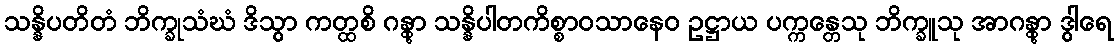
သန္နိပတိတံ ဘိက္ခုသံဃံ ဒိသွာ ကတ္ထစိ ဂန္တွာ သန္နိပါတကိစ္စာဝသာနေဝ ဥဋ္ဌာယ ပက္ကန္တေသု ဘိက္ခူသု အာဂန္တွာ ဒွါရေ